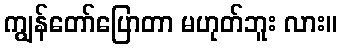
ကျွန်တော်ပြောတာ မဟုတ်ဘူး လား။